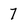
Character: 7